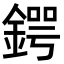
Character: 鍔